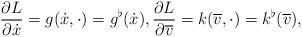
LaTeX: \begin{gather*} \frac{ \partial L }{ \partial \dot{x} } = g ( \dot{x}, \cdot ) = g ^\flat ( \dot{x} ) , \frac{ \partial L }{ \partial \overline{ v } } = k ( \overline{ v } , \cdot ) = k ^\flat ( \overline{ v } ) , \end{gather*}